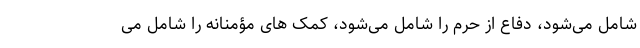
شامل می‌شود، دفاع از حرم را شامل می‌شود، کمک های مؤمنانه را شامل می